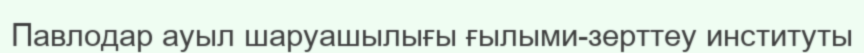
Павлодар ауыл шаруашылығы ғылыми-зерттеу институты